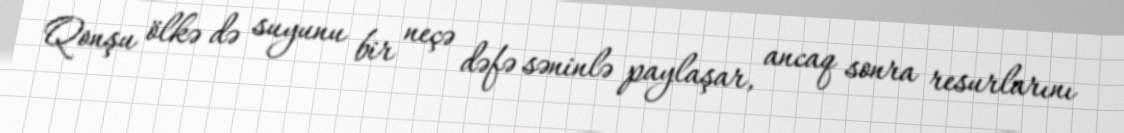
Qonşu ölkə də suyunu bir neçə dəfə səninlə paylaşar, ancaq sonra resurlarını